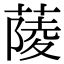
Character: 䔖